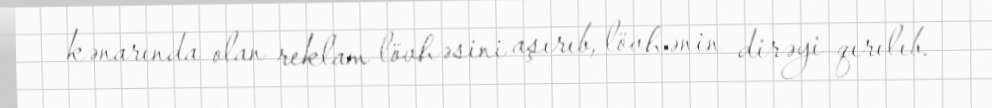
kənarında olan reklam lövhəsini aşırıb, lövhənin dirəyi qırılıb.